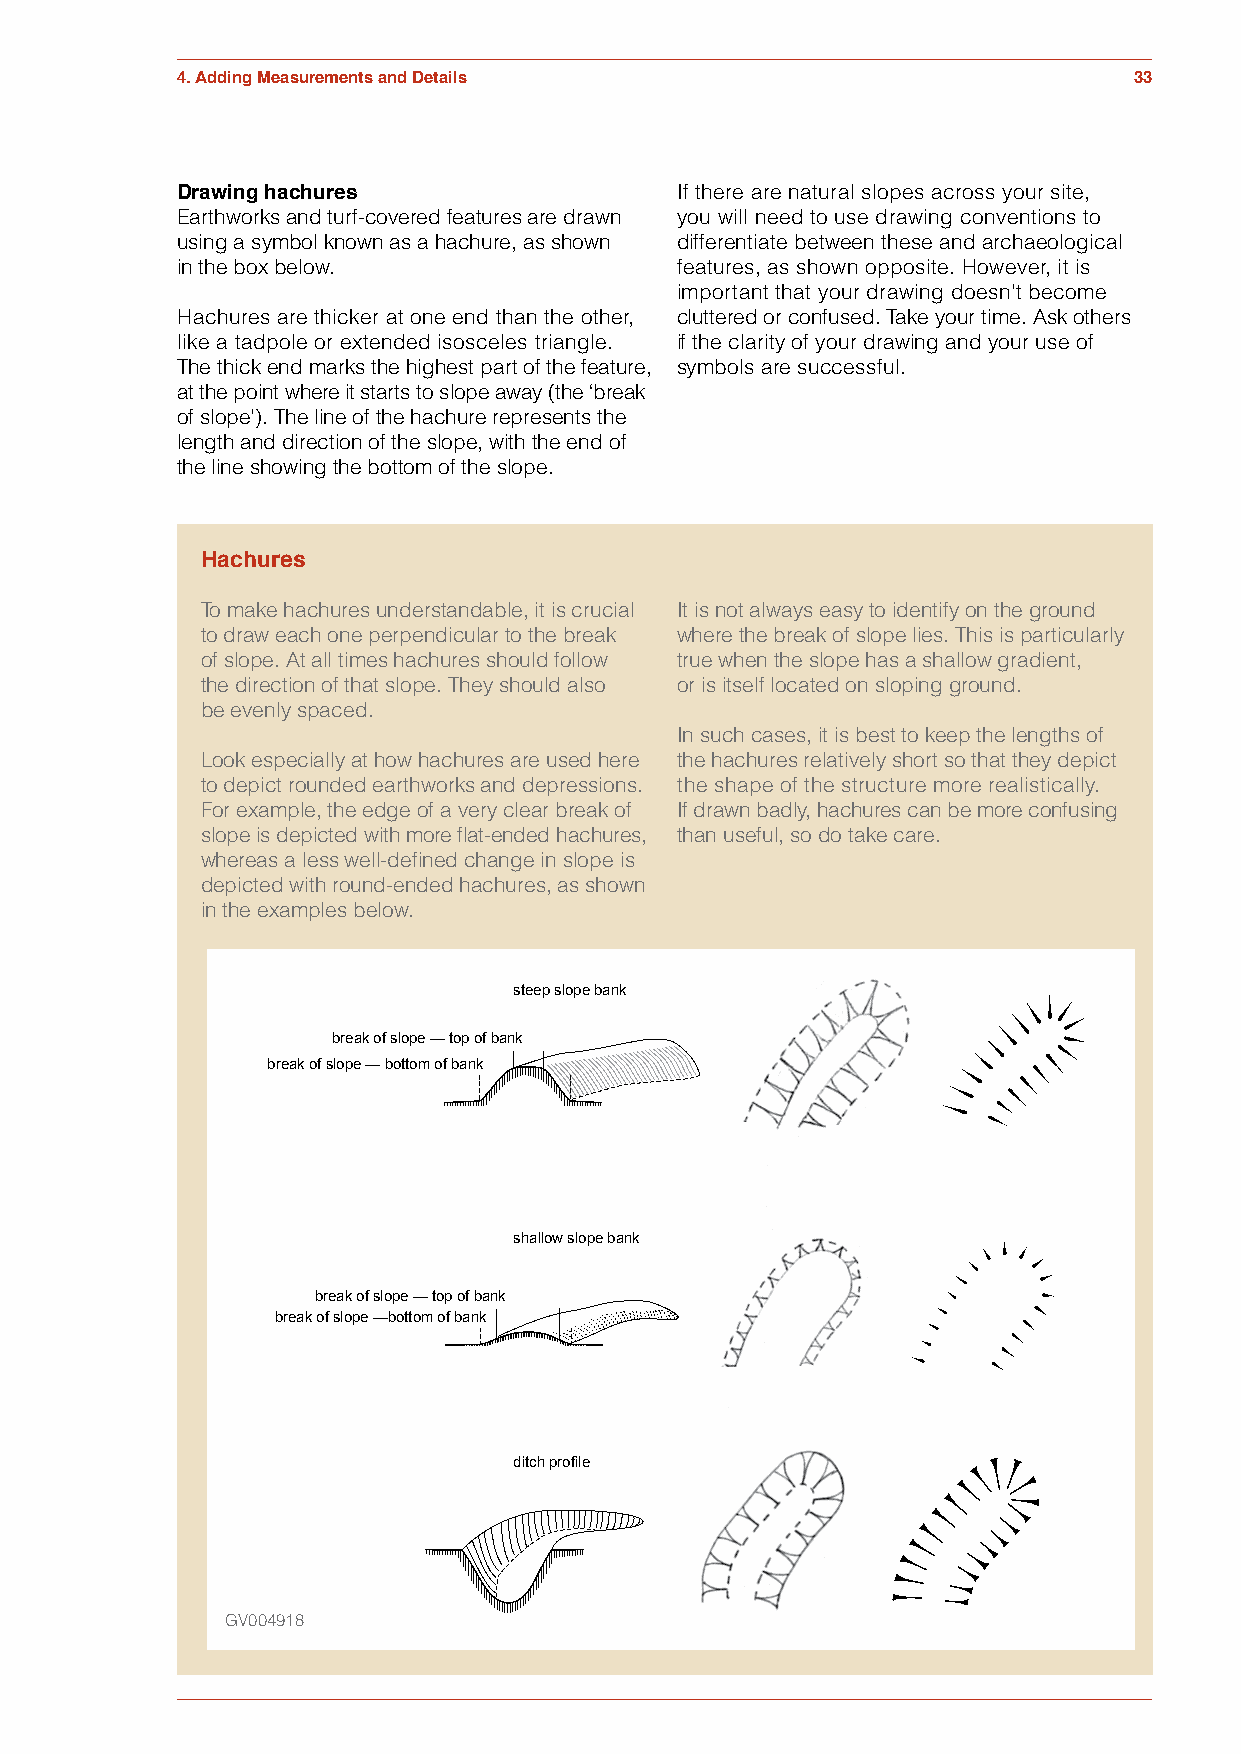
4. Adding Measurements and Details                             33
 Drawing hachures                 If there are natural slopes across your site,
 Earthworks and turf-covered features are drawn you will need to use drawing conventions to
 using a symbol known as a hachure, as shown differentiate between these and archaeological
 in the box below.                features, as shown opposite. However, it is
 important that your drawing doesn't become
 Hachures are thicker at one end than the other, cluttered or confused. Take your time. Ask others
 like a tadpole or extended isosceles triangle. if the clarity of your drawing and your use of
 The thick end marks the highest part of the feature, symbols are successful.
 at the point where it starts to slope away (the ‘break
 of slope’). The line of the hachure represents the
 length and direction of the slope, with the end of
 the line showing the bottom of the slope.
 Hachures
 To make hachures understandable, it is crucial It is not always easy to identify on the ground
 to draw each one perpendicular to the break where the break of slope lies. This is particularly
 of slope. At all times hachures should follow true when the slope has a shallow gradient,
 the direction of that slope. They should also or is itself located on sloping ground.
 be evenly spaced.
 In such cases, it is best to keep the lengths of
 Look especially at how hachures are used here the hachures relatively short so that they depict
 to depict rounded earthworks and depressions. the shape of the structure more realistically.
 Figure 4.7
 For example, the edge of a very clear break of If drawn badly, hachures can be more confusing
 slope is depicted with more flat-ended hachures, than useful, so do take care.
 whereas a less well-defined change in slope is
 depicted with round-ended hachures, as shown
 in the examples below.
 steep slope bank
 break of slope — top of bank
 break of slope — bottom of bank
 shallow slope bank
 break of slope — top of bank
 break of slope —bottom of bank
 ditch profile
 GV004918